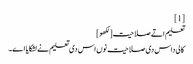
[1]
تعلیم اتے صلاحیت[لکھو]
کالی داس دی صلاحیت نوں اس دی تعلیم نے لشکایا اے۔